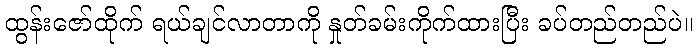
ထွန်းဇော်ထိုက် ရယ်ချင်လာတာကို နှုတ်ခမ်းကိုက်ထားပြီး ခပ်တည်တည်ပဲ။